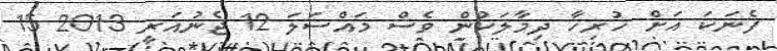
ފެނަކަ އަށް ހުރިހާ ދިމާލަކުން ވެސް މައްސަލަ 12 ޖެނުއަރީ 2013 15